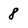
Character: 8